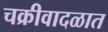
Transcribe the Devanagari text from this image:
चक्रीवादळात